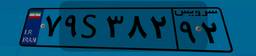
۲۱S۳۶۳۴۵